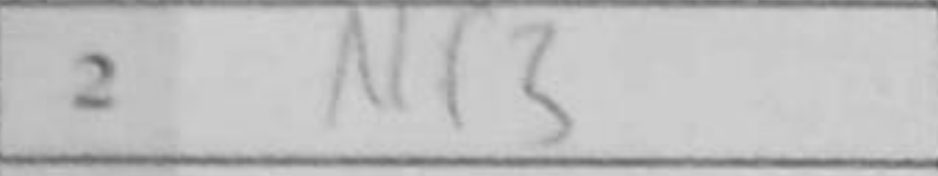
Transcription: Nf3